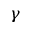
\gamma